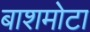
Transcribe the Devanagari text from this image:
बाशमोटा